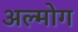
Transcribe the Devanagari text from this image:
अल्मोग